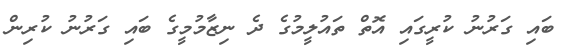
ބައި ގަރުނު ކުރީގައި އޮތް ތައުލީމުގެ ދެ ނިޒާމުމީގެ ބައި ގަރުނު ކުރިން